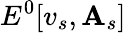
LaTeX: E^{0}[v_{s},\mathbf{A}_{s}]